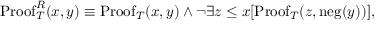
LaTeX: \mathrm { P r o o f } _ { T } ^ { R } ( x , y ) \equiv \mathrm { P r o o f } _ { T } ( x , y ) \land \lnot \exists z \leq x [ \mathrm { P r o o f } _ { T } ( z , \mathrm { n e g } ( y ) ) ] ,